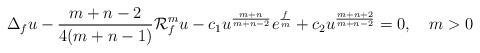
LaTeX: \begin{align*}\displaystyle \Delta_f u - \frac{m+n-2}{4(m+n-1)}\mathcal{R}^m_f u -c_1 u^{\frac{m+n}{m+n-2}} e^{\frac{f}{m}} + c_2 u^{\frac{m+n+2}{m+n-2}} = 0, \ \ \ m>0\end{align*}